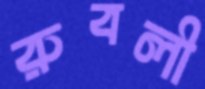
রুবলী